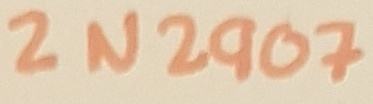
Text: 2N2907